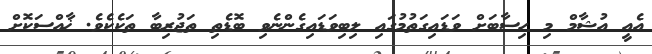
އެއީ އުޝާމް މި ހިސާބަށް ވަޑައިގަތުމުގައި ލިބިވަޑައިގެންނެވި ބޮޑެތި ތަޖުރިބާ ތަކެކެވެ. ޚާއްސަކޮށް